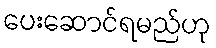
ပေးဆောင်ရမည်ဟု